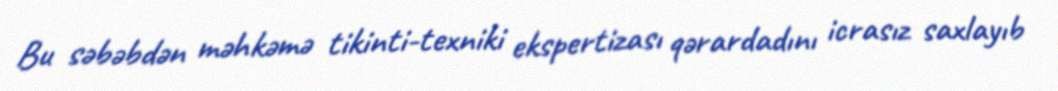
Bu səbəbdən məhkəmə tikinti-texniki ekspertizası qərardadını icrasız saxlayıb